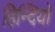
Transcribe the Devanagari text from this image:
हिन्दियो